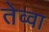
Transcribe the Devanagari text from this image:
तेव्वा